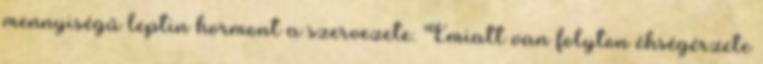
mennyiségű leptin hormont a szervezete. Emiatt van folyton éhségérzete